DOW-UAP-D55, Mission Report, Syria, November 2016
Agency: Department of War
Incident date: 11/18/16
Incident location: Syria
Page 1
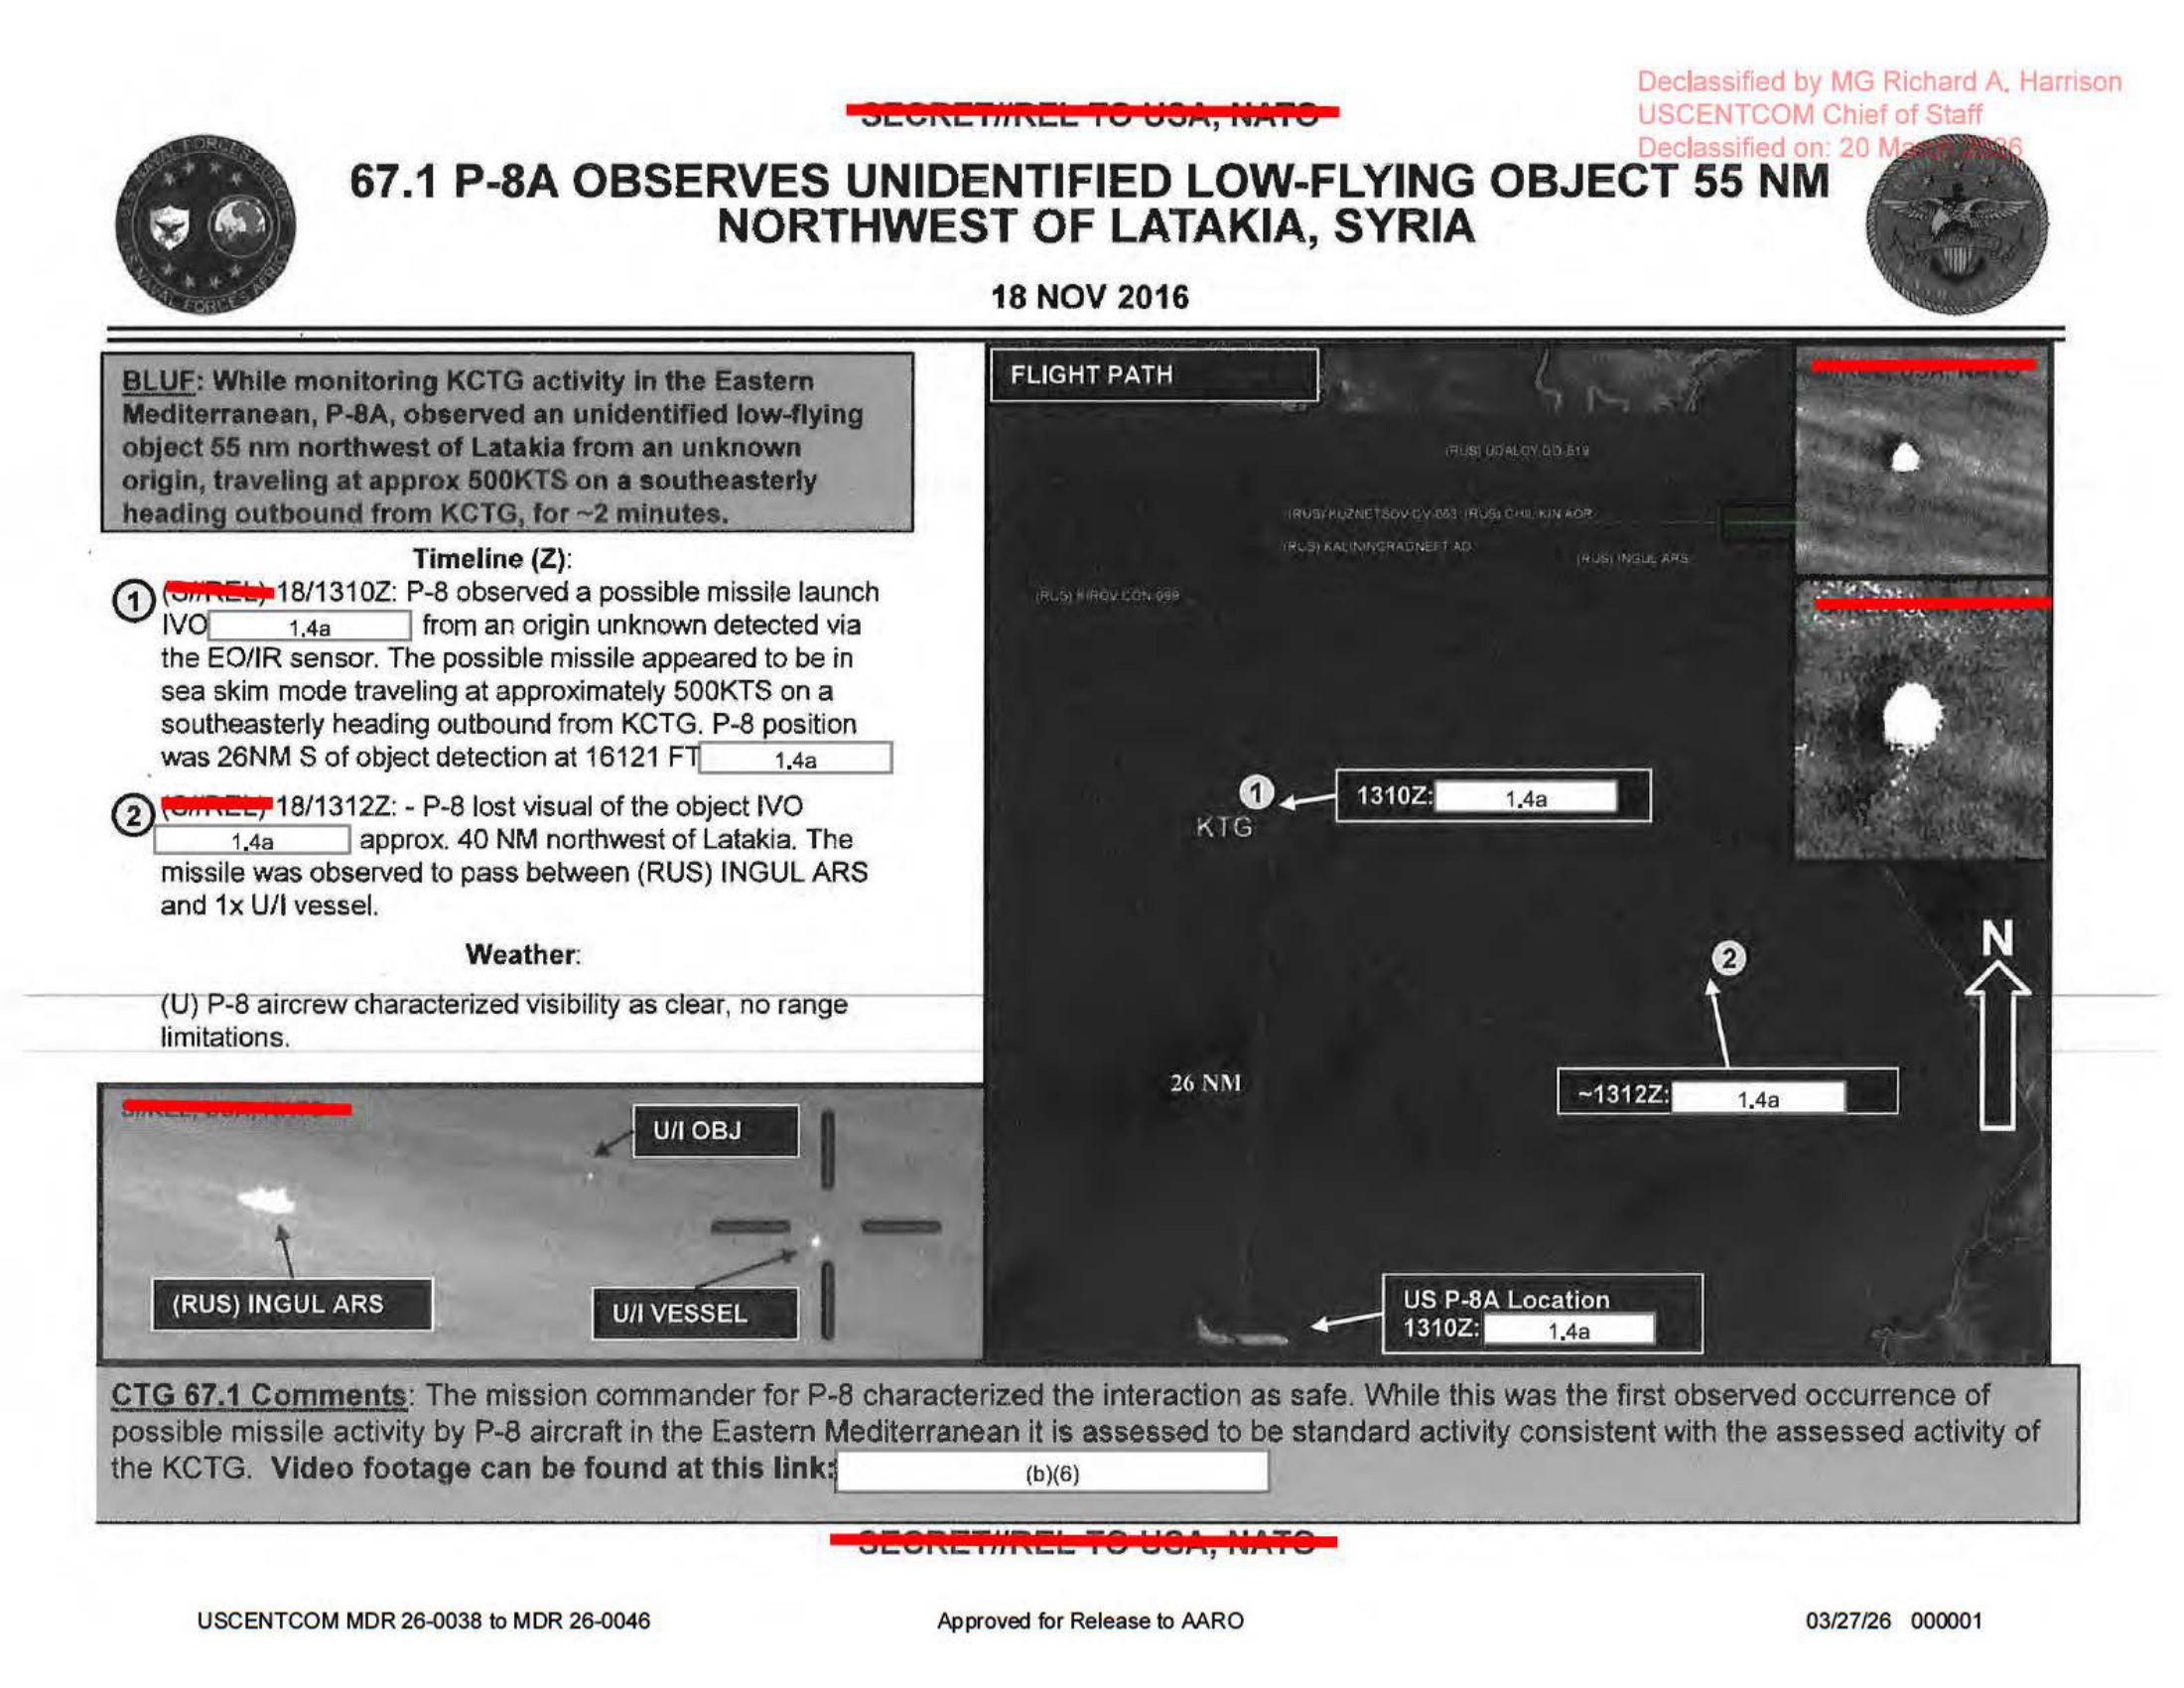